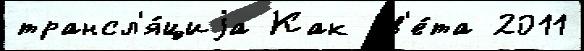
трансл'я́циjа Как св'е́та 2011